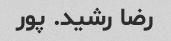
رضا رشید. پور